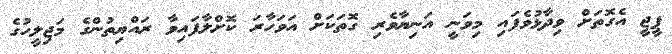
ޕީޖީ އެގޮތަށް ވިދާޅުވެފައި މިވަނީ އަނިޔާވެރި ގޮތަކަށް އަވަހާރަ ކޮށްލާފައިވާ ރައްޔިތުންގެ މަޖިލީހުގެ